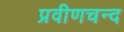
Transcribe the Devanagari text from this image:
प्रवीणचन्द